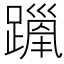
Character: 𫏦